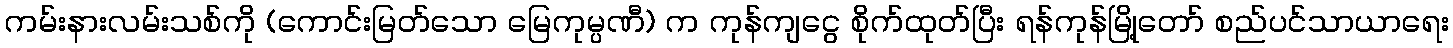
ကမ်းနားလမ်းသစ်ကို (ကောင်းမြတ်သော မြေကုမ္ပဏီ) က ကုန်ကျငွေ စိုက်ထုတ်ပြီး ရန်ကုန်မြို့တော် စည်ပင်သာယာရေး